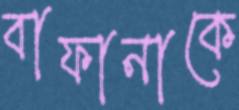
বাফানাকে